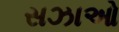
સઝાઓ